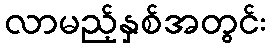
လာမည့်နှစ်အတွင်း